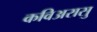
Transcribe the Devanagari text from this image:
कविअरासु